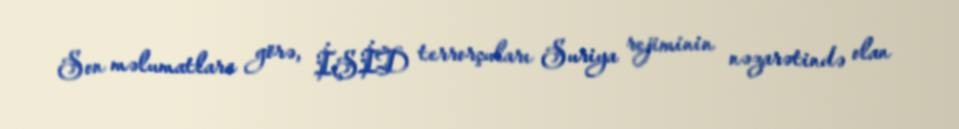
Son məlumatlara görə, İŞİD terrorçuları Suriya rejiminin nəzarətində olan